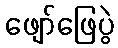
ဖျော်ဖြေပွဲ